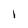
Character: l